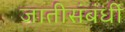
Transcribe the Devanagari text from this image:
जातीसंबंधीं